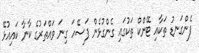
ފެންގަނޑު ތަކާއި ޓޭންކް ތަކުގައި ގެންގުޅެން ފަސޭހަ ގިނަ ވަައްތަރުގެ ކާނާ ކައިއުޅޭ